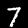
Label: 7